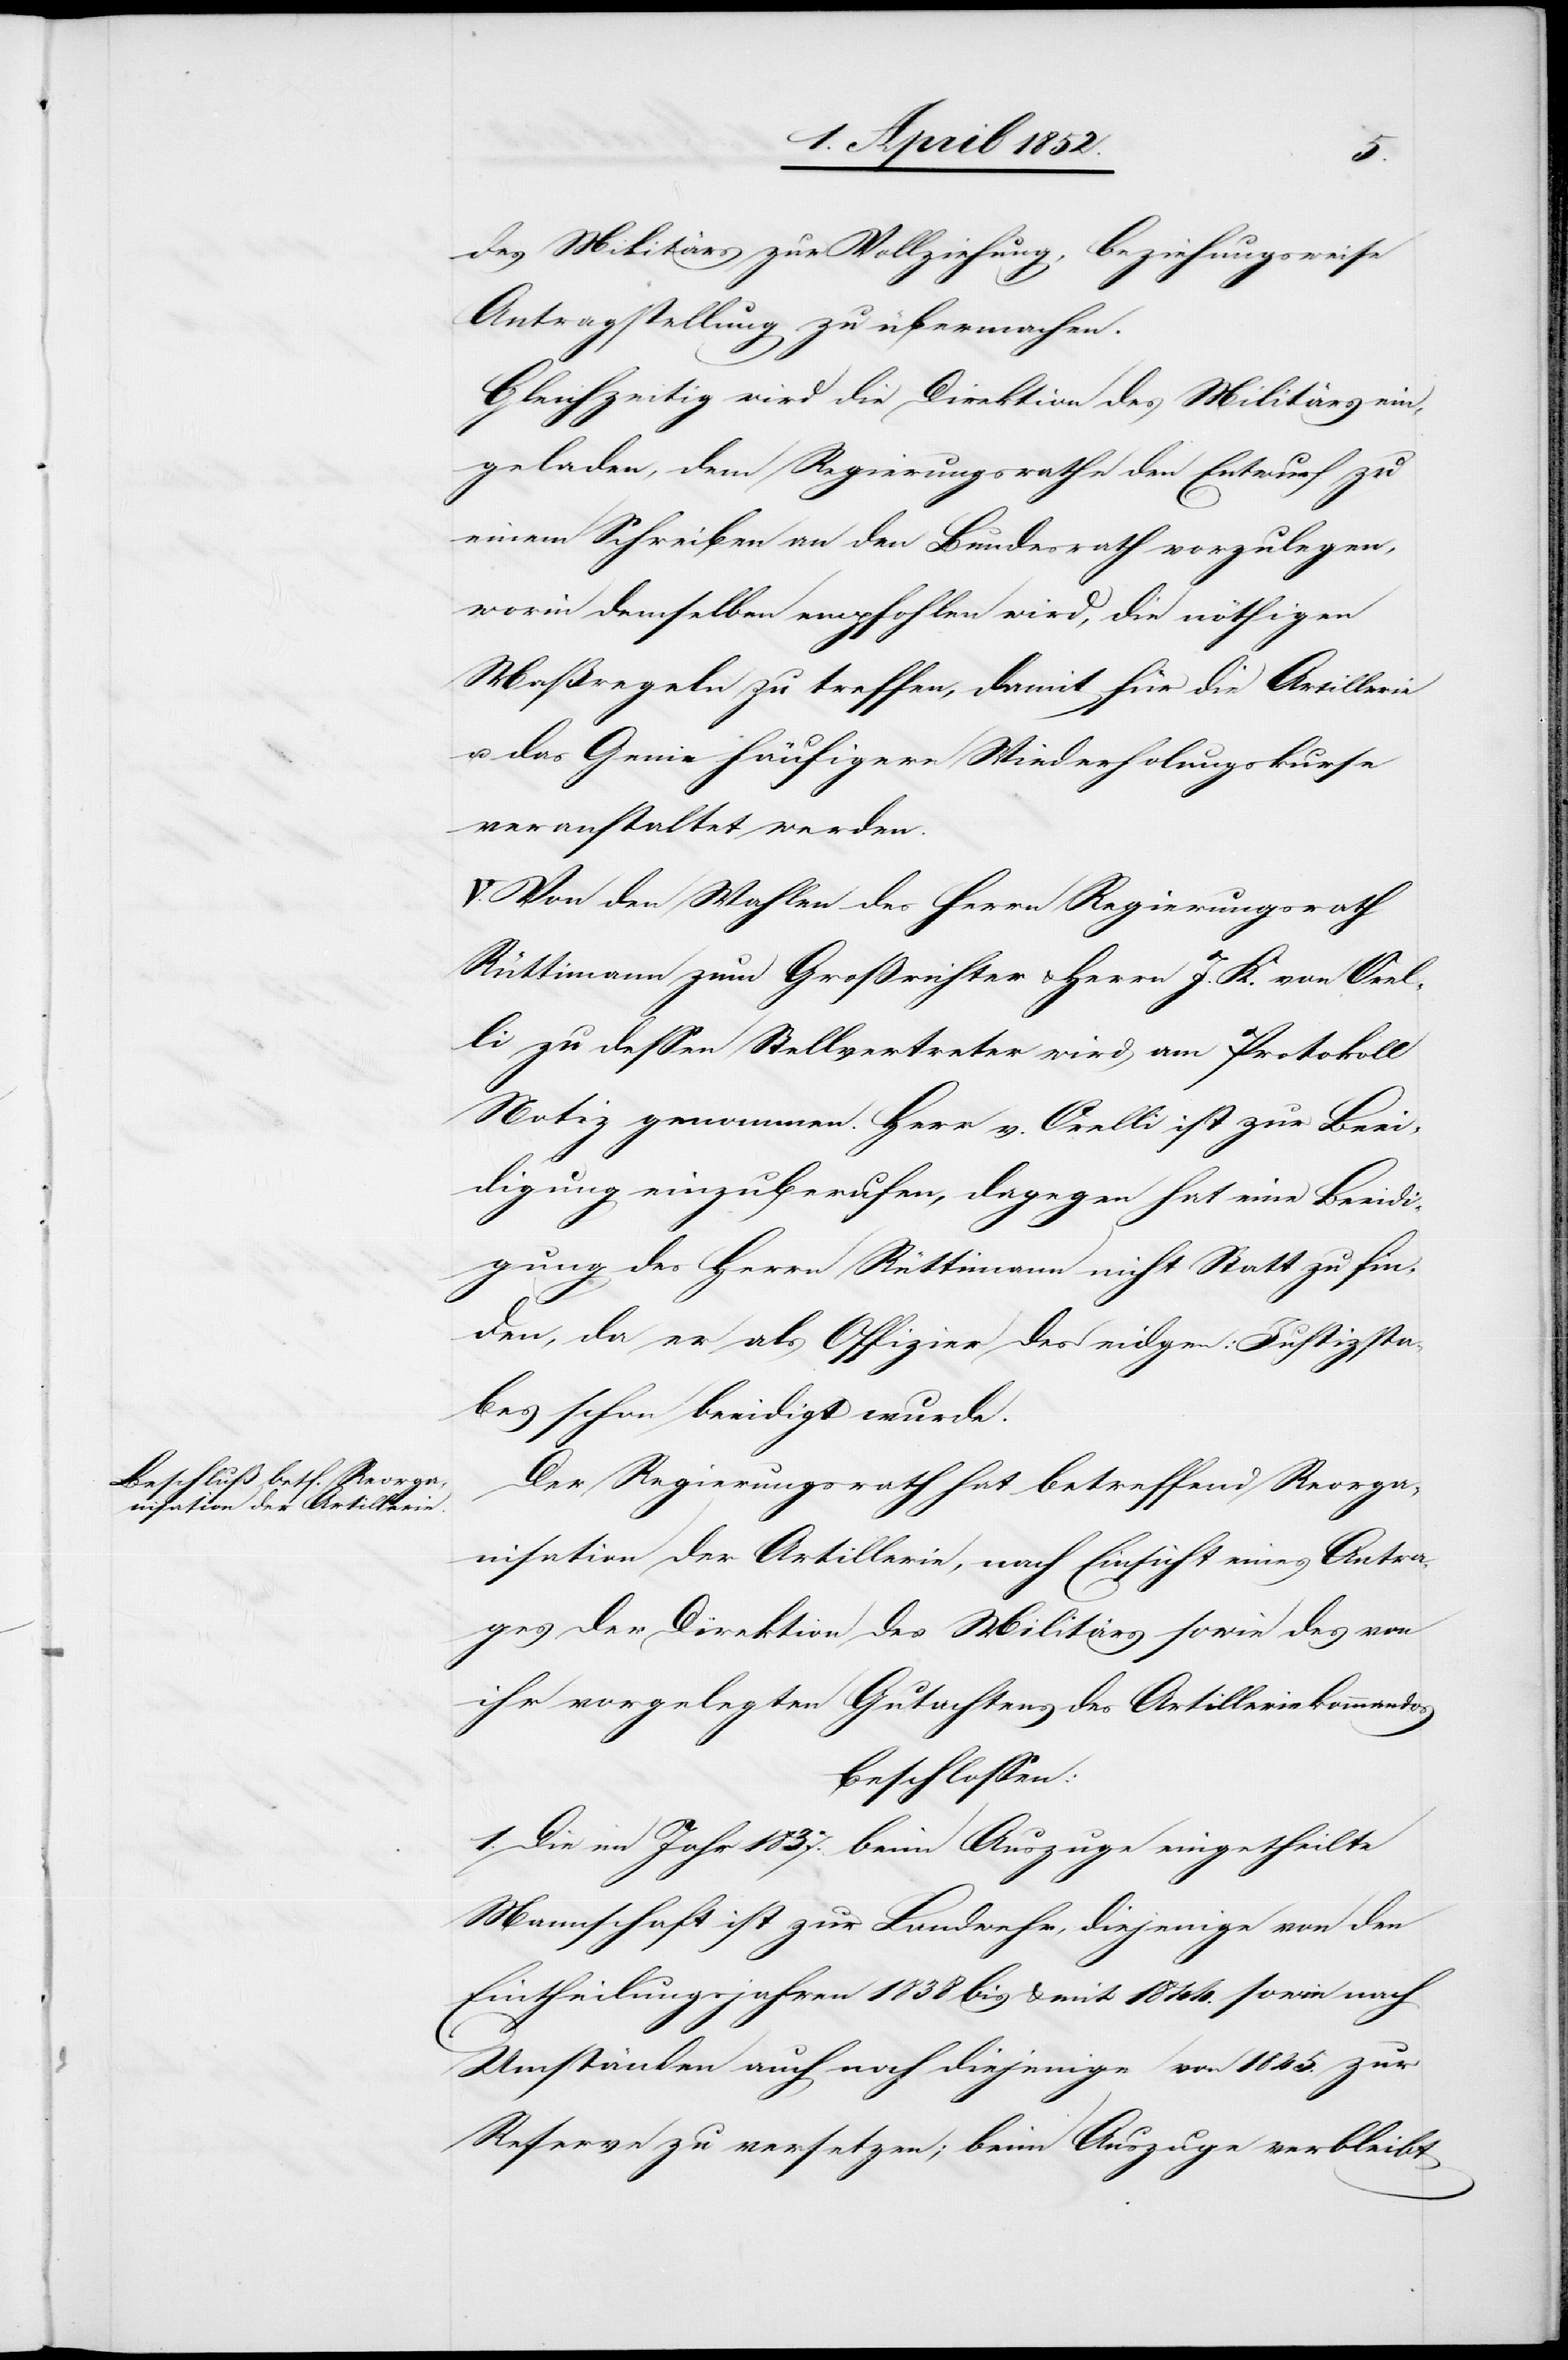
des Militärs zur Vollziehung, beziehungsweise
Antragstellung zu übermachen.
Gleichzeitig wird die Direktion des Militärs ein¬
geladen, dem Regierungsrathe den Entwurf zu
einem Schreiben an den Bundesrath vorzulegen,
worin demselben empfohlen wird, die nöthigen
Maßregeln zu treffen, damit für die Artillerie
u. das Genie häufigere Wiederholungskurse
veranstaltet werden.
V. Von den Wahlen des Herrn Regierungsrath
Rüttimann zum Großrichter & Herrn J. K. von Orel¬
li zu dessen Stellvertreter wird am Protokoll
Notiz genommen. Herr v. Orelli ist zur Beei¬
digung einzuberufen, dagegen hat eine Beeidi¬
gung des Herrn Rüttimann nicht Statt zu fin¬
den, da er als Offizier des eidgen: Justizsta¬
bes schon beeidigt wurde.
Der Regierungsrath hat betreffend Reorga¬
nisation der Artillerie, nach Einsicht eines Antra¬
ges der Direktion des Militärs sowie des von
ihr vorgelegten Gutachtens des Artilleriekommandos
beschlossen:
1. Die im Jahr 1837. beim Auszuge eingetheilte
Mannschaft ist zur Landwehr, diejenige von den
Eintheilungsjahren 1838 bis & mit 1844. sowie nach
Umständen auch noch diejenige von 1845. zur
Reserve zu versetzen; beim Auszuge verbleibt